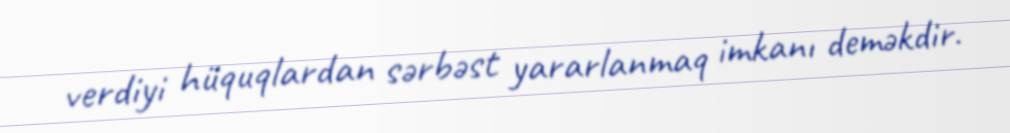
verdiyi hüquqlardan sərbəst yararlanmaq imkanı deməkdir.